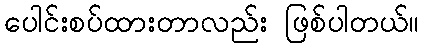
ပေါင်းစပ်ထားတာလည်း ဖြစ်ပါတယ်။